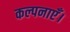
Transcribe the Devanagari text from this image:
कल्पनाएँ।